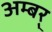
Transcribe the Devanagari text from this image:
अम्बर्